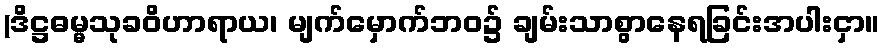
(ဒိဋ္ဌဓမ္မသုခဝိဟာရာယ၊ မျက်မှောက်ဘဝ၌ ချမ်းသာစွာနေရခြင်းအပါးငှာ။